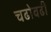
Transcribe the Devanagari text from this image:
चढोवढी